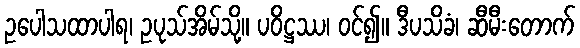
ဥပေါသထာပါရ၊ ဥပုသ်အိမ်သို့။ ပဝိဋ္ဌဿ၊ ဝင်၍။ ဒီပသိခံ၊ ဆီမီးတောက်